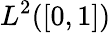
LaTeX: L^{2}([0,1])